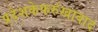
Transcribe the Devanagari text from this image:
प्रदेशकेफर्रुखाबाद